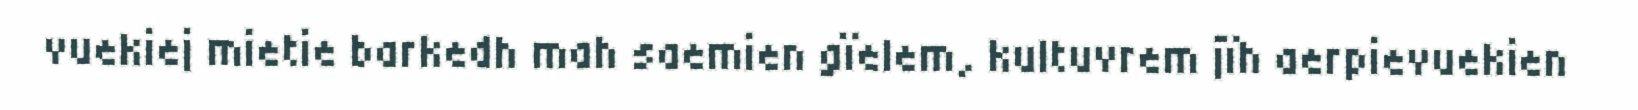
vuekiej mietie barkedh mah saemien gïelem, kultuvrem jïh aerpievuekien